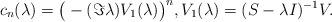
LaTeX: \begin{align*}c_{n}(\lambda)=\big(-(\Im{\lambda})V_{1}(\lambda)\big)^{n},V_{1}(\lambda)=(S-{\lambda}I)^{-1}V.\end{align*}